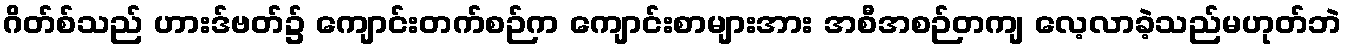
ဂိတ်စ်သည် ဟားဒ်ဗတ်၌ ကျောင်းတက်စဉ်က ကျောင်းစာများအား အစီအစဉ်တကျ လေ့လာခဲ့သည်မဟုတ်ဘဲ